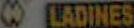
MLADINES